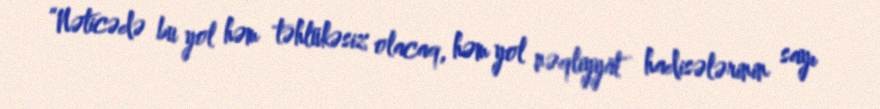
“Nəticədə bu yol həm təhlükəsiz olacaq, həm yol nəqliyyat hadisələrinin sayı